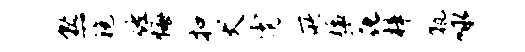
熟袍佐悔扣犬霓所猛花梓孰咏